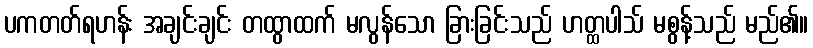
ပကတတ်ရဟန်း အချင်းချင်း တထွာထက် မလွန်သော ခြားခြင်းသည် ဟတ္ထပါသ် မစွန့်သည် မည်၏။